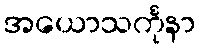
အယောသင်္ကုနာ